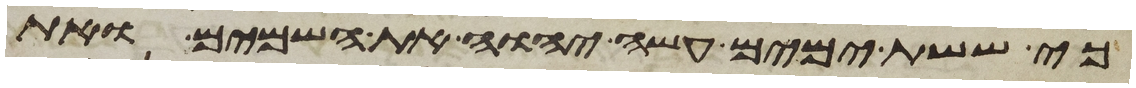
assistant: כי ששת ימים עשה יהוה את השמים ואת